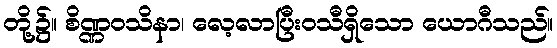
တို့၌။ စိဏ္ဏဝသိနာ၊ လေ့လာပြီးဝသီရှိသော ယောဂီသည်။